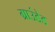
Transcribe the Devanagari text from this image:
ग्राउंडेड